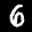
Label: 6